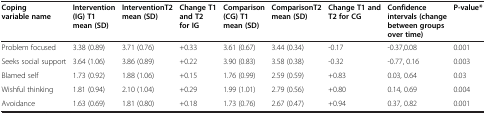
<table><thead><tr><td><b>Coping variable name</b></td><td><b>Intervention (IG) T1 mean (SD)</b></td><td><b>InterventionT2 mean (SD)</b></td><td><b>Change T1 and T2 for IG</b></td><td><b>Comparison (CG) T1 mean (SD)</b></td><td><b>ComparisonT2 mean (SD)</b></td><td><b>Change T1 and T2 for CG</b></td><td><b>Confidence intervals (change between groups over time)</b></td><td><b>P-value*</b></td></tr></thead><tbody><tr><td>Problem focused</td><td>3.38 (0.89)</td><td>3.71 (0.76)</td><td>+0.33</td><td>3.61 (0.67)</td><td>3.44 (0.34)</td><td>-0.17</td><td>-0.37,0.08</td><td>0.001</td></tr><tr><td>Seeks social support</td><td>3.64 (1.06)</td><td>3.86 (0.89)</td><td>+0.22</td><td>3.90 (0.83)</td><td>3.58 (0.38)</td><td>-0.32</td><td>-0.77, 0.16</td><td>0.003</td></tr><tr><td>Blamed self</td><td>1.73 (0.92)</td><td>1.88 (1.06)</td><td>+0.15</td><td>1.76 (0.99)</td><td>2.59 (0.59)</td><td>+0.83</td><td>0.03, 0.64</td><td>0.03</td></tr><tr><td>Wishful thinking</td><td>1.81 (0.94)</td><td>2.10 (1.04)</td><td>+0.29</td><td>1.99 (1.01)</td><td>2.79 (0.56)</td><td>+0.80</td><td>0.14, 0.69</td><td>0.004</td></tr><tr><td>Avoidance</td><td>1.63 (0.69)</td><td>1.81 (0.80)</td><td>+0.18</td><td>1.73 (0.76)</td><td>2.67 (0.47)</td><td>+0.94</td><td>0.37, 0.82</td><td>0.001</td></tr></tbody></table>